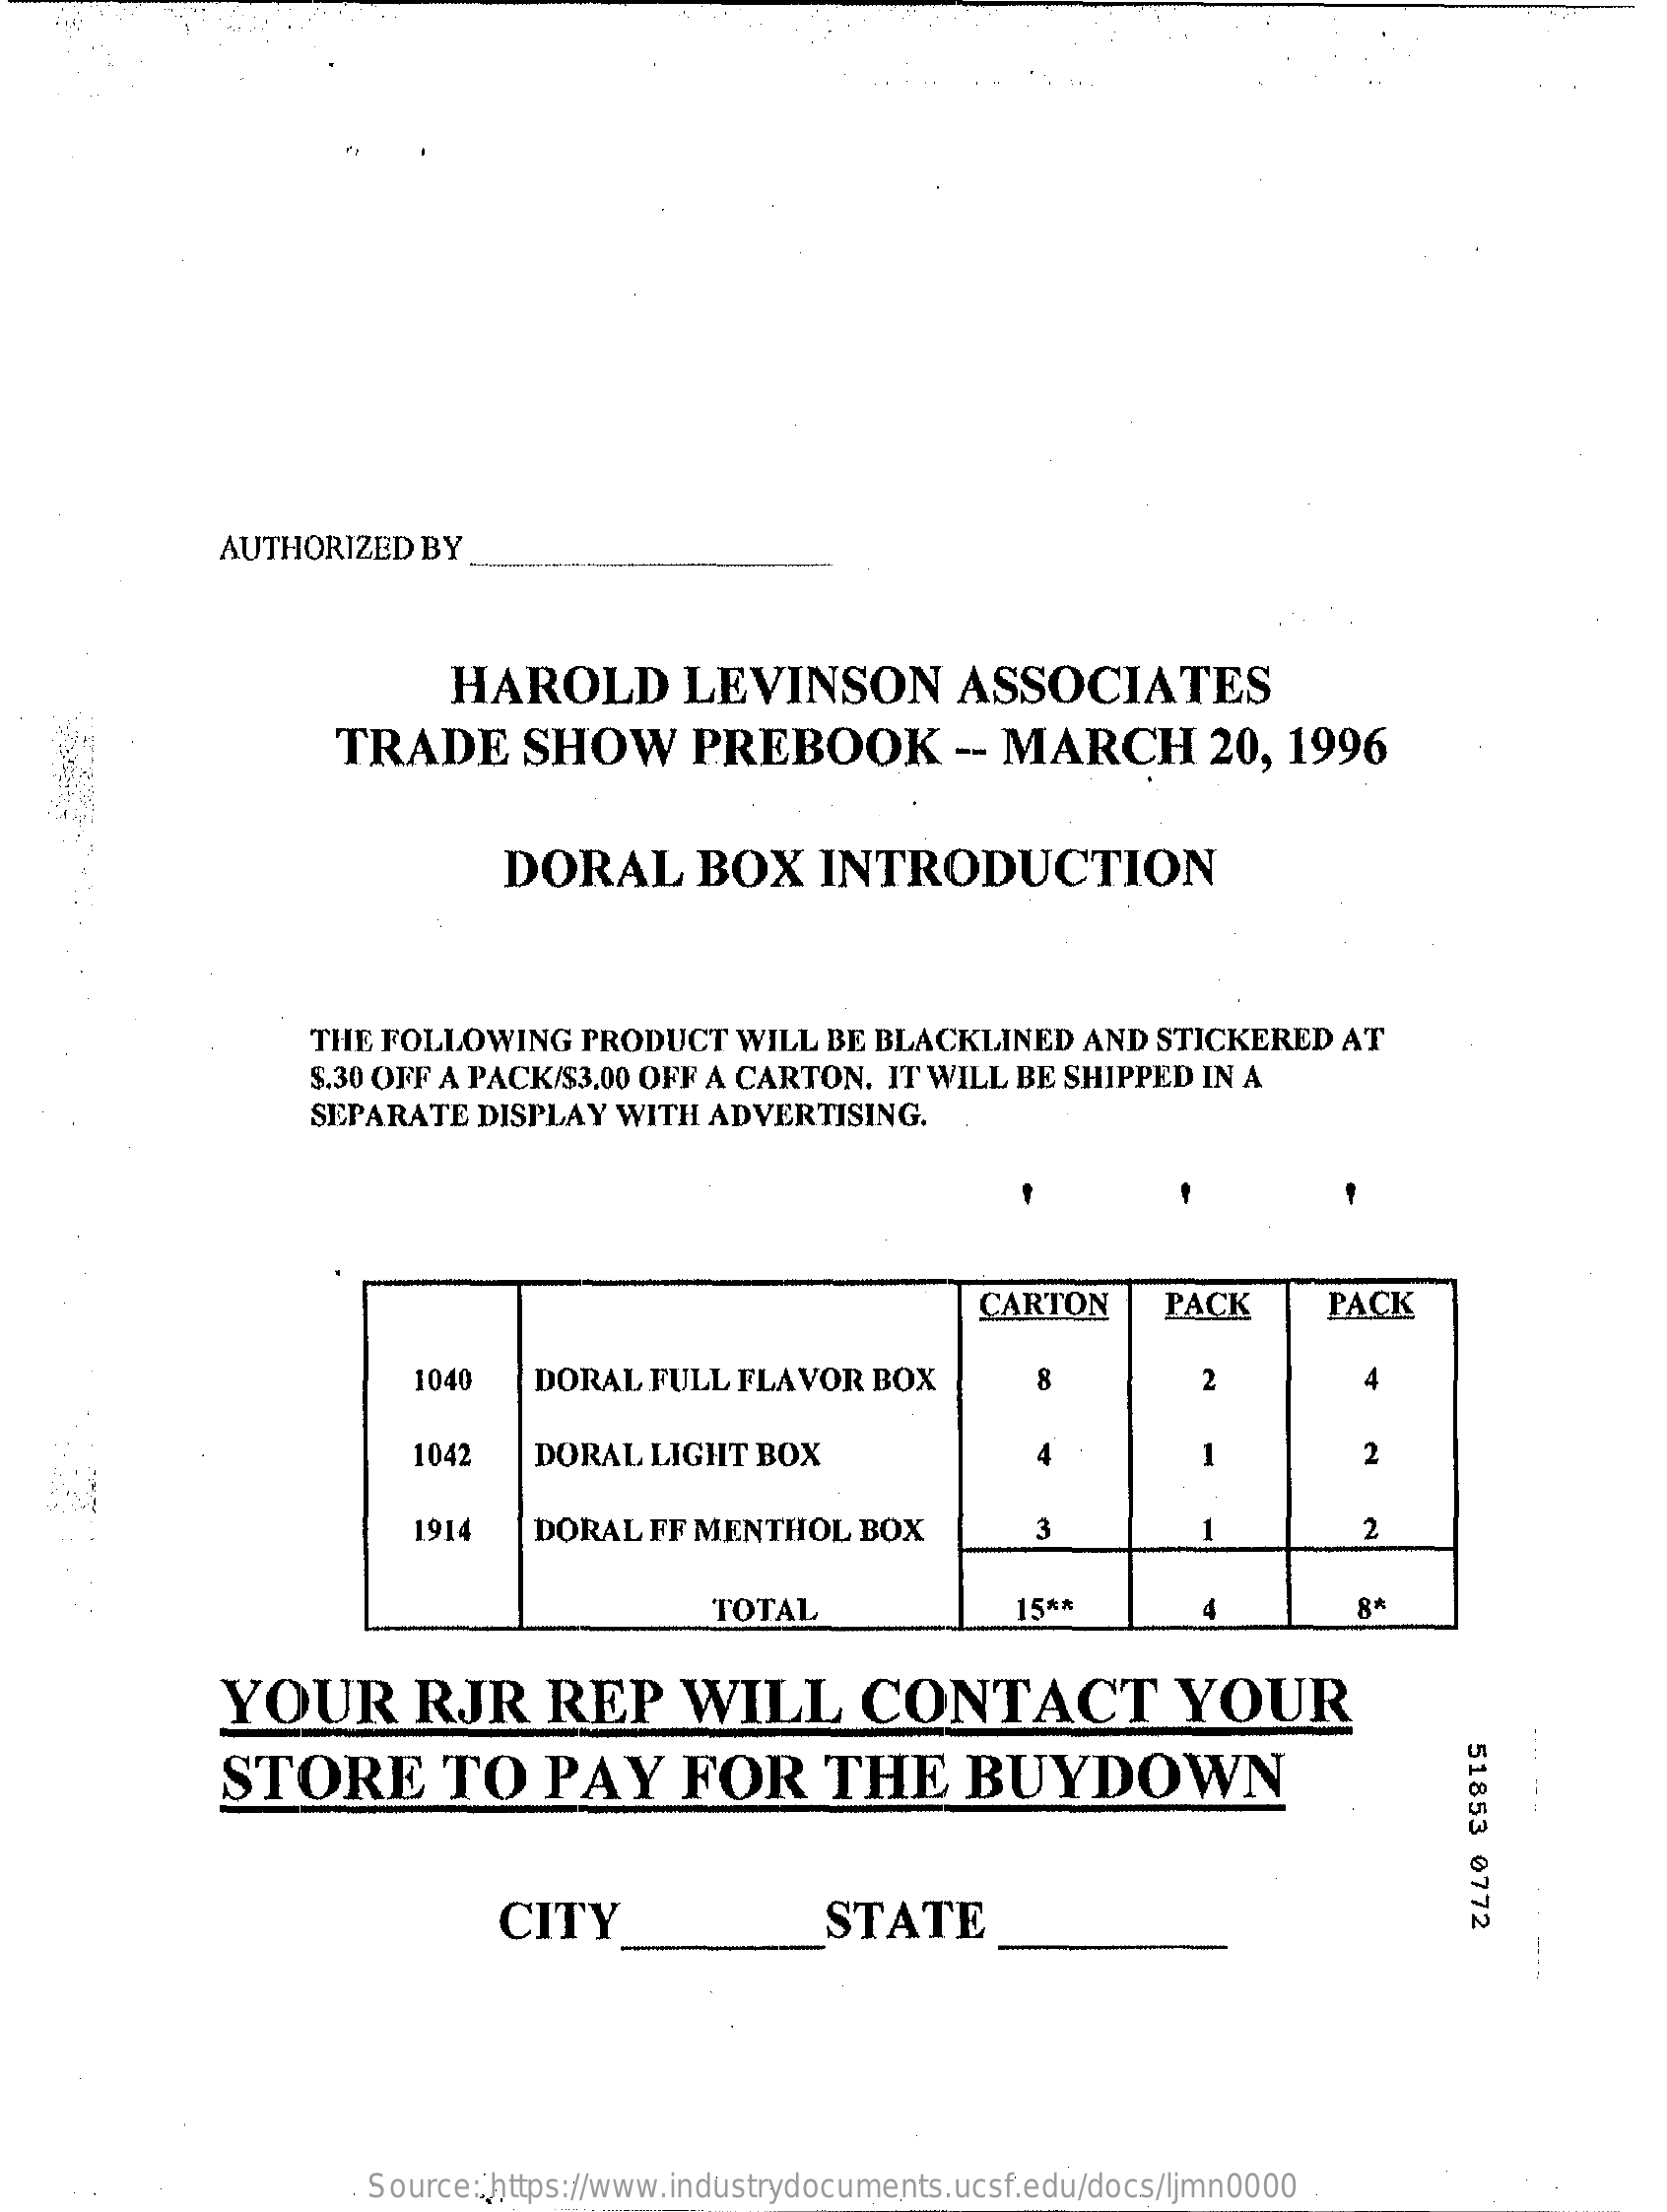
AUTHORIZED   BY
     HAROLD    LEVINSON    ASSOCIATES
     TRADE    SHOW    PREBOOK    -- MARCH    20,  1996
     DORAL    BOX    INTRODUCTION
     THE FOLLOWING    PRODUCT   WILL  BE BLACKLINED   AND  STICKERED   AT
     $.30 OFF A PACK/$3.00 OFF A CARTON. IT WILL  BE SHIPPED IN A
     SEPARATE  DISPLAY  WITH  ADVERTISING.
     CARTON    PACK    PACK
     1040   DORAL  FULL  FLAVOR   BOX    2    4
     1042    DORAL  LIGHT  BOX    4    1    2
     1914    DORAL  FF MENTHOL    BOX    3    1    2
     TOTAL    15 **    8*
     YOUR    RJR    REP    WILL    CONTACT    YOUR
     51853
     0772
     STORE    TO    PAY    FOR    THE    BUYDOWN
     CITY    STATE
     Source: https://www.industrydocuments.ucsf.edu/docs/ljmn0000